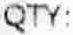
QTY: